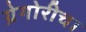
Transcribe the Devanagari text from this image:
ग्रेगोरीचा